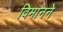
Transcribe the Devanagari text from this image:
विमानने